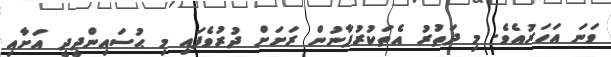
ވަނަ އަހަރުއެވެ. މި ދަތުރު އެތަކުރުފާނުން ރަށަށް ދުރުވެފައި މި ޙުސައިންދީދީ އަށާއި